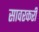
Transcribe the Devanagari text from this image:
सावरकरी